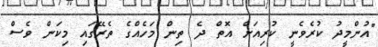
"އުންމީދު ކުރެވެނީ ކުރިއަށް އޮތް ދެ ތިން މަހެއްގެ ތެރޭގައި މިކަން ވެސް